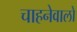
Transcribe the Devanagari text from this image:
चाहनेवालो